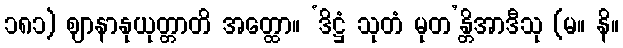
၁၈၁) ဈာနာနုယုတ္တာတိ အတ္ထော။ ‘ဒိဋ္ဌံ သုတံ မုတ’န္တိအာဒီသု (မ။ နိ။